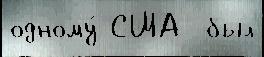
одному́ США  был